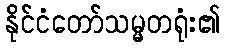
နိုင်ငံတော်သမ္မတရုံး၏